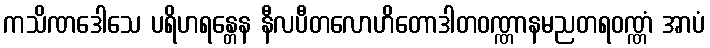
ကသိဏဒေါသေ ပရိဟရန္တေန နီလပီတလောဟိတောဒါတဝဏ္ဏာနမညတရဝဏ္ဏံ အာပံ